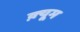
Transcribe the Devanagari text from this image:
क़्यूम